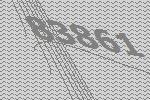
83861